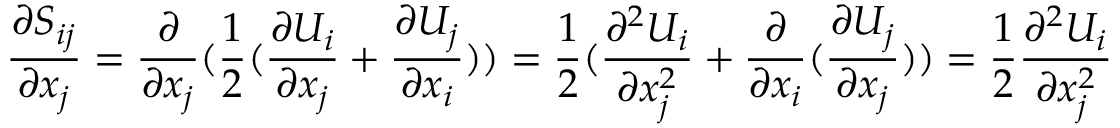
\frac { \partial S _ { i j } } { \partial x _ { j } } = \frac { \partial } { \partial x _ { j } } ( \frac { 1 } { 2 } ( \frac { \partial U _ { i } } { \partial x _ { j } } + \frac { \partial U _ { j } } { \partial x _ { i } } ) ) = \frac { 1 } { 2 } ( \frac { \partial ^ { 2 } U _ { i } } { \partial x _ { j } ^ { 2 } } + \frac { \partial } { \partial x _ { i } } ( \frac { \partial U _ { j } } { \partial x _ { j } } ) ) = \frac { 1 } { 2 } \frac { \partial ^ { 2 } U _ { i } } { \partial x _ { j } ^ { 2 } }